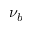
\nu _ { b }